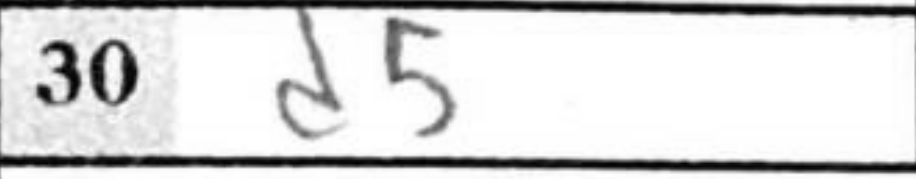
Transcription: d5